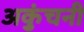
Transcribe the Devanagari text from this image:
अकुंचनी